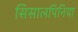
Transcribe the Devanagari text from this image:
सिसालपिनिया